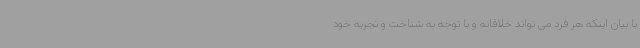
با بیان اینکه هر فرد می تواند خلاقانه و با توجه به شناخت و تجربه خود